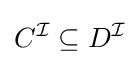
C^{\mathcal {I}}\subseteq D^{\mathcal {I}}